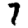
Digit: 7